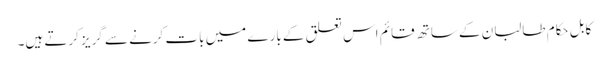
کابل حکام طالبان کے ساتھ قائم اس تعلق کے بارے میں بات کرنے سے گریز کرتے ہیں۔